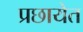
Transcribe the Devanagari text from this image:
प्रछायेत